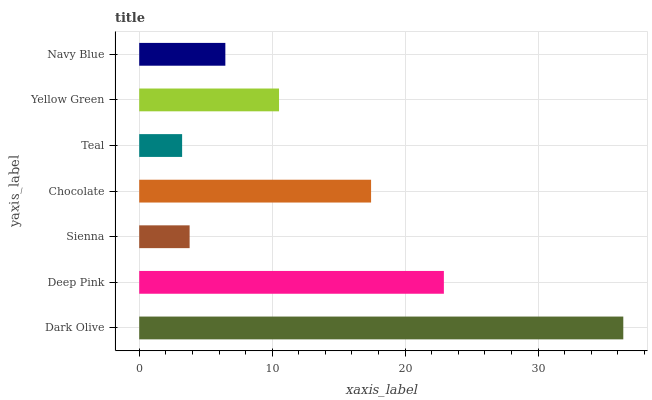
| yaxis_label | bars |
 | --- | --- |
 | Dark Olive | 36.4 |
 | Deep Pink | 22.9 |
 | Sienna | 3.79 |
 | Chocolate | 17.4 |
 | Teal | 3.23 |
 | Yellow Green | 10.5 |
 | Navy Blue | 6.48 |